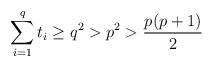
\begin{align*}\sum_{i = 1}^qt_i \geq q^2 > p^2 > \frac{p(p+1)}{2} \end{align*}